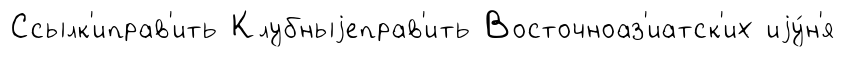
Ссылк'иправ'ить Клубныjеправ'ить Восточноаз'иатск'их иjу́н'я